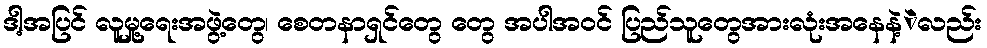
ဒါ့အပြင် လူမှု့ရေးအဖွဲ့တွေ၊ စေတနာရှင်တွေ တွေ အပါအဝင် ပြည်သူတွေအားလုံးအနေနဲ့ဲလည်း